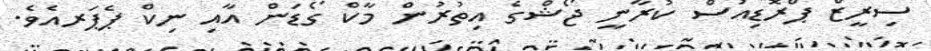
ސިރީޒް ޕްރޮޑިއުސް ކުރާނީ ޖޯޝްގެ އިތުރުން މާކް ގޯޑަން އާއި ނިކް ޕެޕަރއެވެ.